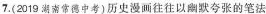
7. (2019湖南常德中考)历史漫画往往以幽默夸张的笔法